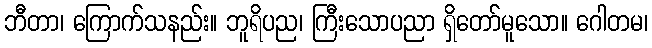
ဘီတာ၊ ကြောက်သနည်း။ ဘူရိပည၊ ကြီးသောပညာ ရှိတော်မူသော။ ဂေါတမ၊